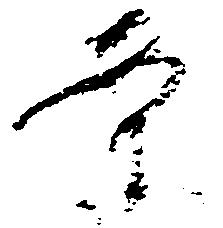
案